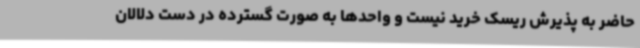
حاضر به پذیرش ریسک خرید نیست و واحدها به صورت گسترده در دست دلالان